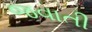
જવાતી